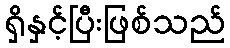
ရှိနှင့်ပြီးဖြစ်သည်